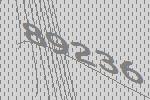
89236